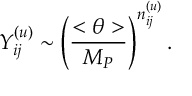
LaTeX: Y _ { i j } ^ { ( u ) } \sim \left( \frac { < \theta > } { M _ { P } } \right) ^ { n _ { i j } ^ { ( u ) } } .